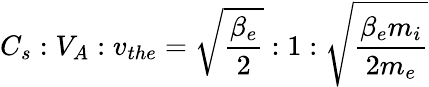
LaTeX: C_{s}:V_{A}:v_{the}=\sqrt{\frac{\beta_{e}}{2}}:1:\sqrt{\frac{\beta_{e}m_{i}}{2m_{e}}}